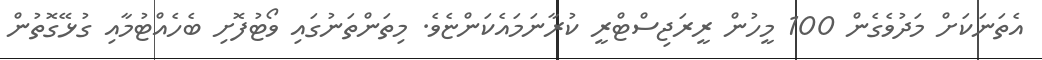
އެތަނަކަށް މަދުވެގެން 100 މީހުން ރީރަޖިސްޓްރީ ކުރާނަމައެކަންޏެވެ. މިތަންތަނުގައި ވޯޓުފޮށި ބެހެއްޓުމާއި ގުޅޭގޮތުން